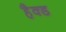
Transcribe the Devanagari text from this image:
हैक्ड